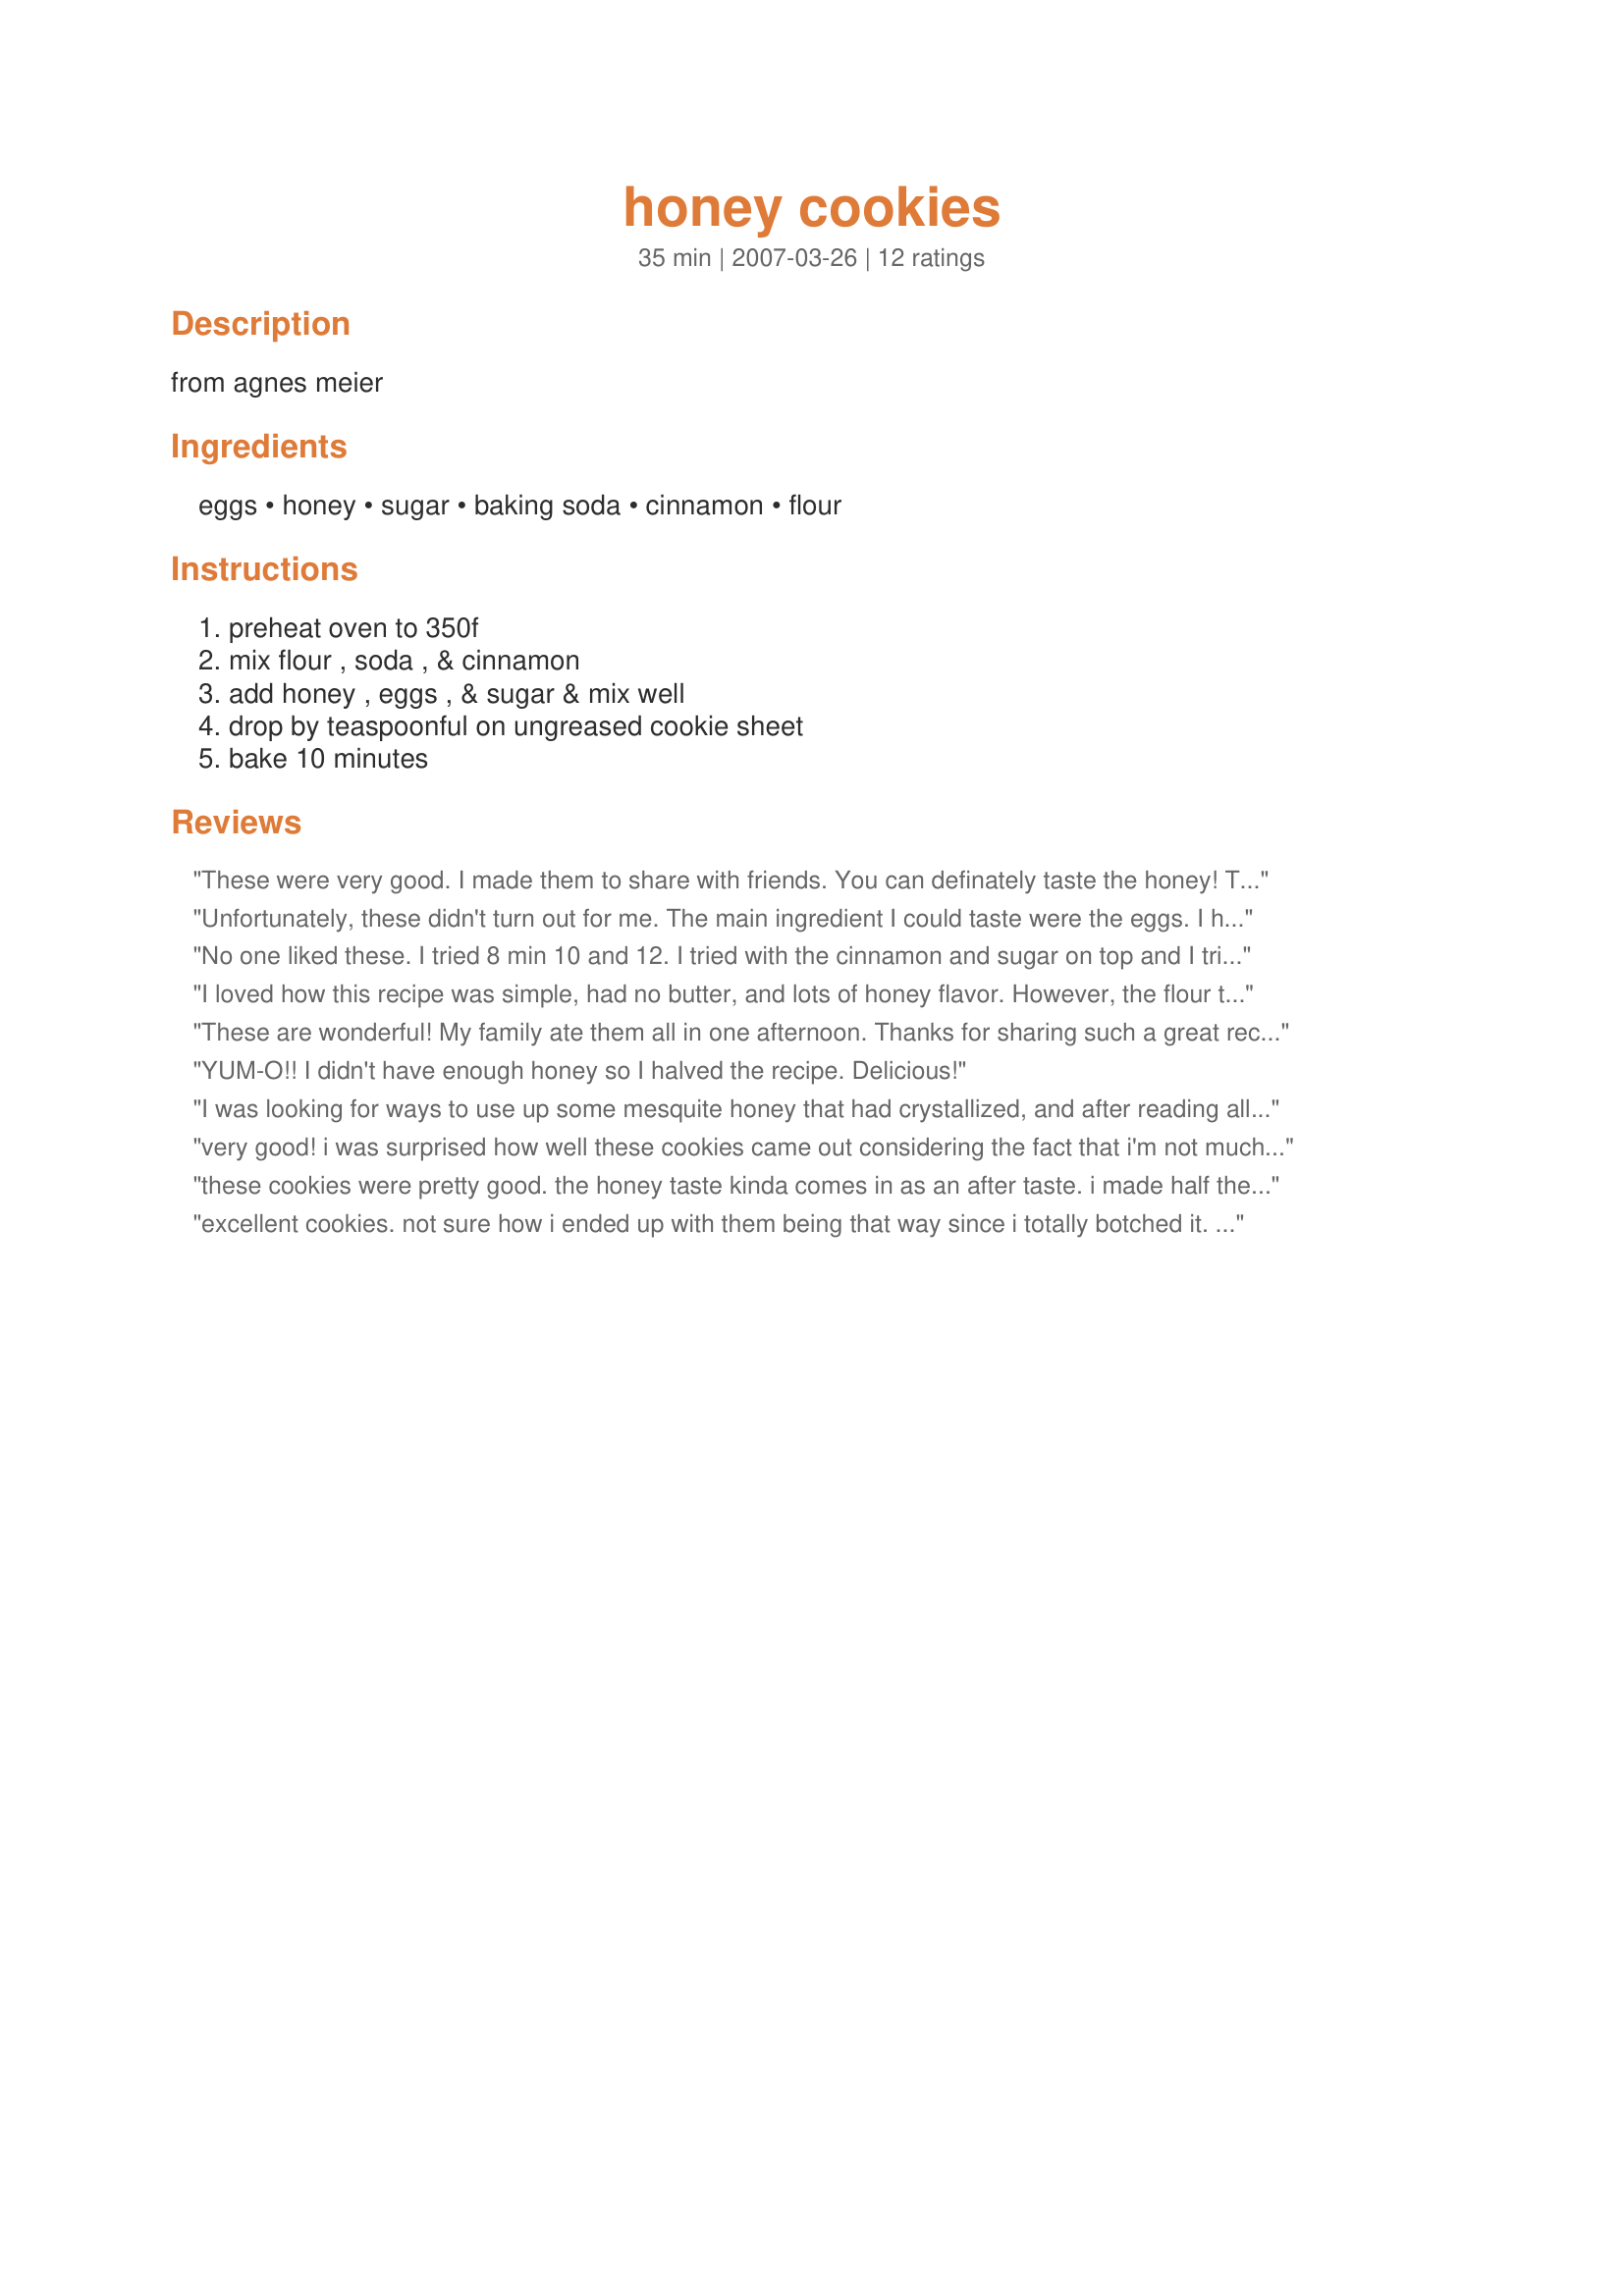
honey cookies
Preparation time: 35 minutes

from agnes meier

Ingredients:
eggs, honey, sugar, baking soda, cinnamon, flour

Steps:
preheat oven to 350f, mix flour , soda , & cinnamon, add honey , eggs , & sugar & mix well, drop by teaspoonful on ungreased cookie sheet, bake 10 minutes

Reviews:
These were very good. I made them to share with friends. You can definately taste the honey! They like to stick together, so when I stored them, I put foil between the stacks. I think that I would make them a bit smaller next time. They are very sweet, so a little goes a long way. Thank you very much for sharing this unique cookie recipe.
Unfortunately, these didn't turn out for me. The main ingredient I could taste were the eggs. I hardly tasted any honey. I really wanted to like this easy recipe but alas, no go. Sorry.
No one liked these. I tried 8 min 10 and 12. I tried with the cinnamon and sugar on top and I tried without. I won&#039;t make these again.
I loved how this recipe was simple, had no butter, and lots of honey flavor. However, the flour taste was just overwhelming. Am I doing something wrong? I taste the honey but mostly I taste flour. I make a lot of cookies and never had this problem with other cookies. I thought these may have overcooked, so tried cooking shorter with a second batch, but it still tasted like flour.
These are wonderful! My family ate them all in one afternoon. Thanks for sharing such a great recipe.
YUM-O!! I didn't have enough honey so I halved the recipe. Delicious!
I was looking for ways to use up some mesquite honey that had crystallized, and after reading all of the reviews I decided to also bake a half of a batch with several changes. I creamed 1/4 cup of butter with the sugar, added the egg and then the honey and also 1/4 tsp vanilla extract. To the flour, baking soda and cinnamon I also added 1/4 tsp nutmeg and 1/8 tsp cloves. I added them to the sugar honey mixture and then stirred in 1/4 cup of chopped pecans and 1/4 cup of dark raisins. Batter turned out too thin so I then added 1/2 cup of whole wheat flour. I turned the oven up to 375 and baked them for 14 minutes. When I removed them from the oven they were very puffy. After they cooled, they were wonderfully chewy and not dry at all. The taste was quite yummy.
very good! i was surprised how well these cookies came out considering the fact that i'm not much of a honey fan. i would definitely make these again!
these cookies were pretty good. the honey taste kinda comes in as an after taste. i made half the recipe and had to add about an eighth of a cup of oil because it was crumbly and dry. that did the trick. i also added more cinnamon than the recipe calls for and just a bit of nutmeg(i got curious after i read the description about nutmeg being called a secret ingredient). before i baked them, i sprinkled with a pinch of sugar. i topped some with raisins, some with mini chocolate chips, and the rest plain. they're great with milk! thanks for sharing! :D
excellent cookies. not sure how i ended up with them being that way since i totally botched it. midway through i found i didnt have enough honey like i had thought; so i had to add 1/2c molasses to make it a full cup. of course i know this changed the taste but i will make them again correctly and i know they will turn out as planned. i used all organic ingredients and demerara sugar. i only used 1/2 tsp cinnamon. used white whole wheat flour as that is what i had on hand. the dough was quite thick and i thought they wouldnt come out but they were very good. i flattened them down once during baking, using a spatula. the taste was terrific; not overly sweet and the texture was soft and chewey. i will make these again next week and be sure to have enough honey on hand. thanks so much for sharing these!
AAAHHH! So GOOD! You can really taste the honey in these, which usually tends to get overwhelmed in recipes like this. I used egg whites and half whole wheat flour to make myself feel less guilty, and they turned out absolutely perfect. Soft and cakey and sweet. Excellent recipe.
I thought these were pretty good- they definitely taste like honey. My husband didn't like them too much. For a low fat cookie, it's a great recipe!
